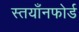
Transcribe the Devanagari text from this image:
स्तयाँनफोर्ड